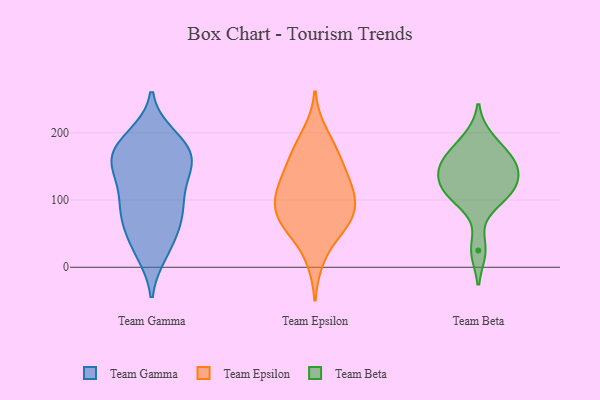
{"axis": {"x": "Energy Usage (MWh)", "y": "Value"}, "legend": ["Team Beta", "Team Epsilon", "Team Gamma"], "data": [{"x": "", "y": 112, "type": "Team Gamma"}, {"x": "", "y": 162, "type": "Team Gamma"}, {"x": "", "y": 154, "type": "Team Gamma"}, {"x": "", "y": 195, "type": "Team Gamma"}, {"x": "", "y": 24, "type": "Team Gamma"}, {"x": "", "y": 139, "type": "Team Gamma"}, {"x": "", "y": 180, "type": "Team Gamma"}, {"x": "", "y": 165, "type": "Team Gamma"}, {"x": "", "y": 154, "type": "Team Gamma"}, {"x": "", "y": 113, "type": "Team Gamma"}, {"x": "", "y": 72, "type": "Team Gamma"}, {"x": "", "y": 40, "type": "Team Gamma"}, {"x": "", "y": 82, "type": "Team Gamma"}, {"x": "", "y": 21, "type": "Team Gamma"}, {"x": "", "y": 67, "type": "Team Gamma"}, {"x": "", "y": 152, "type": "Team Gamma"}, {"x": "", "y": 189, "type": "Team Gamma"}, {"x": "", "y": 73, "type": "Team Gamma"}, {"x": "", "y": 181, "type": "Team Gamma"}, {"x": "", "y": 97, "type": "Team Gamma"}, {"x": "", "y": 64, "type": "Team Epsilon"}, {"x": "", "y": 63, "type": "Team Epsilon"}, {"x": "", "y": 200, "type": "Team Epsilon"}, {"x": "", "y": 54, "type": "Team Epsilon"}, {"x": "", "y": 12, "type": "Team Epsilon"}, {"x": "", "y": 176, "type": "Team Epsilon"}, {"x": "", "y": 86, "type": "Team Epsilon"}, {"x": "", "y": 105, "type": "Team Epsilon"}, {"x": "", "y": 76, "type": "Team Epsilon"}, {"x": "", "y": 128, "type": "Team Epsilon"}, {"x": "", "y": 159, "type": "Team Epsilon"}, {"x": "", "y": 113, "type": "Team Epsilon"}, {"x": "", "y": 114, "type": "Team Epsilon"}, {"x": "", "y": 164, "type": "Team Epsilon"}, {"x": "", "y": 130, "type": "Team Epsilon"}, {"x": "", "y": 82, "type": "Team Epsilon"}, {"x": "", "y": 108, "type": "Team Beta"}, {"x": "", "y": 25, "type": "Team Beta"}, {"x": "", "y": 134, "type": "Team Beta"}, {"x": "", "y": 101, "type": "Team Beta"}, {"x": "", "y": 165, "type": "Team Beta"}, {"x": "", "y": 116, "type": "Team Beta"}, {"x": "", "y": 156, "type": "Team Beta"}, {"x": "", "y": 134, "type": "Team Beta"}, {"x": "", "y": 159, "type": "Team Beta"}, {"x": "", "y": 192, "type": "Team Beta"}]}